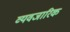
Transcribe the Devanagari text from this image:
व्यवजारिक